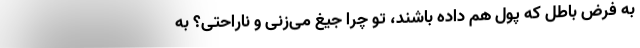
به فرض باطل که پول هم داده باشند، تو چرا جیغ می‌زنی و ناراحتی؟ به